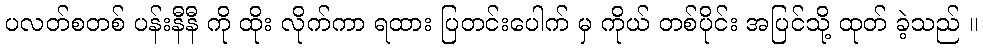
ပလတ်စတစ် ပန်းနီနီ ကို ထိုး လိုက်ကာ ရထား ပြတင်းပေါက် မှ ကိုယ် တစ်ပိုင်း အပြင်သို့ ထုတ် ခဲ့သည် ။